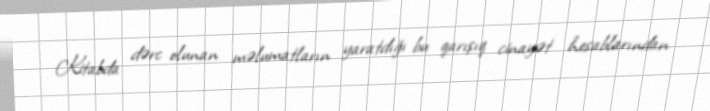
Kitabda dərc olunan məlumatların yaratdığı bu qarışıq cinayət hesablarından